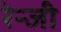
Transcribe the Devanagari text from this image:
रेन्जी